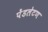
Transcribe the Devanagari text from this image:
पेंडलेटण